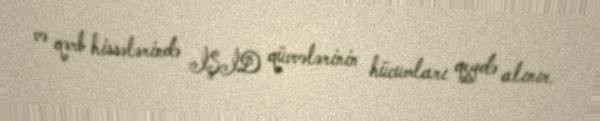
və qərb hissələrində İŞİD qüvvələrinin hücumları qeydə alınır.